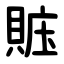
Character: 賘